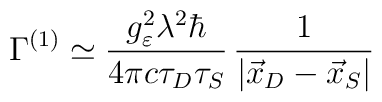
\Gamma^{(1)} \simeq \frac{g^2_\varepsilon \lambda^2 \hbar}{4\pi c \tau_D \tau_S}\, \frac{1}{|\vec{x}_D - \vec{x}_S|}